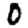
Digit: 0